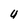
Character: u